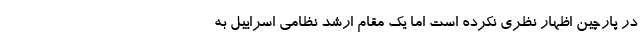
در پارچین اظهار نظری نکرده است اما یک مقام ارشد نظامی اسراییل به